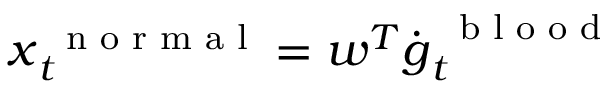
\boldsymbol x _ { t } ^ { \mathrm { ~ \scriptsize ~ n ~ o ~ r ~ m ~ a ~ l ~ } } = \boldsymbol w ^ { T } \dot { \boldsymbol g } _ { t } ^ { \mathrm { ~ \scriptsize ~ b ~ l ~ o ~ o ~ d ~ } }